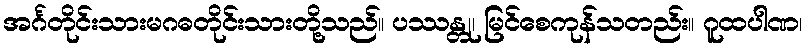
အင်္ဂတိုင်းသားမဂဓတိုင်းသားတို့သည်။ ပဿန္တု၊ မြင်စေကုန်သတည်း။ ဂူထပါဏ၊